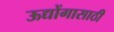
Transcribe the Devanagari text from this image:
ऊद्योंगासाठी